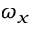
\omega _ { x }